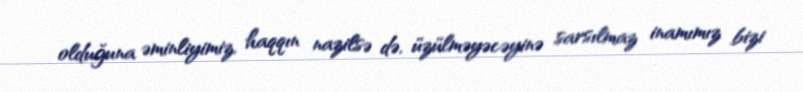
olduğuna əminliyimiz, haqqın nazilsə də, üzülməyəcəyinə sarsılmaz inamımız bizi